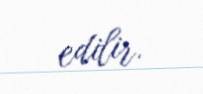
edilir.